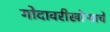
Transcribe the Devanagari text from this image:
गोदावरीखोऱ्याचे